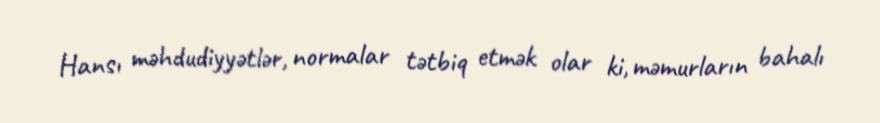
Hansı məhdudiyyətlər, normalar tətbiq etmək olar ki, məmurların bahalı